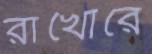
রাখোরে